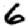
Digit: 6